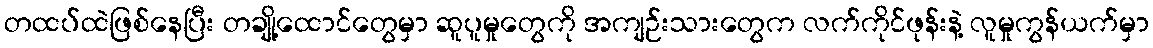
တထပ်ထဲဖြစ်နေပြီး တချို့ထောင်တွေမှာ ဆူပူမှုတွေကို အကျဉ်းသားတွေက လက်ကိုင်ဖုန်းနဲ့ လူမှုကွန်ယက်မှာ